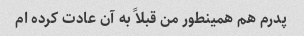
پدرم هم همینطور من قبلاً به آن عادت کرده ام